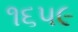
૧૬૫૯